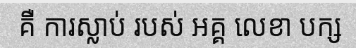
គឺ ការស្លាប់ របស់ អគ្គ លេខា បក្ស